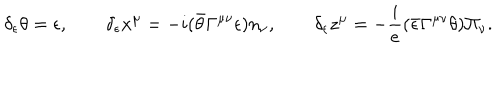
LaTeX: \delta _ { \epsilon } \theta = \epsilon , \qquad \delta _ { \epsilon } x ^ { \mu } = - i ( \bar { \theta } \Gamma ^ { \mu \nu } \epsilon ) n _ { \nu } , \qquad \delta _ { \epsilon } z ^ { \mu } = - \frac { i } { e } ( \bar { \epsilon } \Gamma ^ { \mu \nu } \theta ) \Pi _ { \nu } .